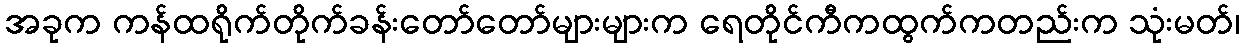
အခုက ကန်ထရိုက်တိုက်ခန်းတော်တော်များများက ရေတိုင်ကီကထွက်ကတည်းက သုံးမတ်၊